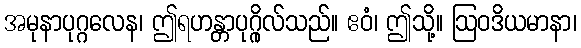
အမုနာပုဂ္ဂလေန၊ ဤရဟန္တာပုဂ္ဂိုလ်သည်။ ဧဝံ၊ ဤသို့။ ဩဝဒိယမာနာ၊